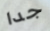
جدا